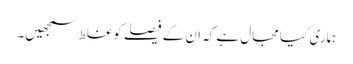
ہماری کیا مجال ہے کہ ان کے فیصلے کوغلط سمجھیں۔